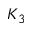
K _ { 3 }